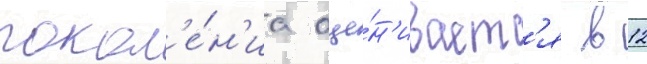
покол'е́н'иа оце́н'иваетс'я в 12